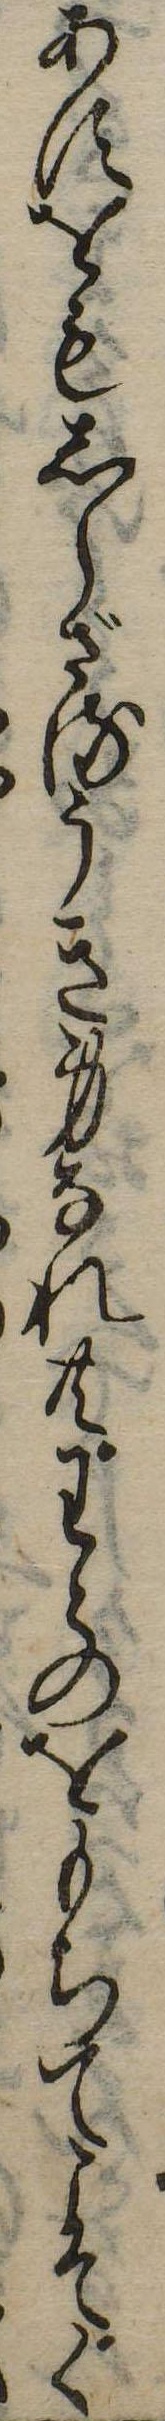
あすをもしらざるうき身なれ共わとのをもちてこそぐ